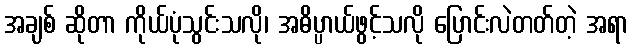
အချစ် ဆိုတာ ကိုယ်ပုံသွင်းသလို၊ အဓိပ္ပာယ်ဖွင့်သလို ပြောင်းလဲတတ်တဲ့ အရာ